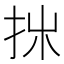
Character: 𢪹